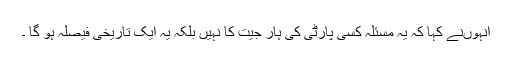
انہوںنے کہا کہ یہ مسئلہ کسی پارٹی کی ہار جیت کا نہیں بلکہ یہ ایک تاریخی فیصلہ ہو گا ۔